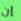
إن